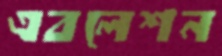
এবলেশন